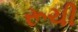
રૂચી